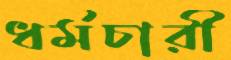
ধর্মচারী